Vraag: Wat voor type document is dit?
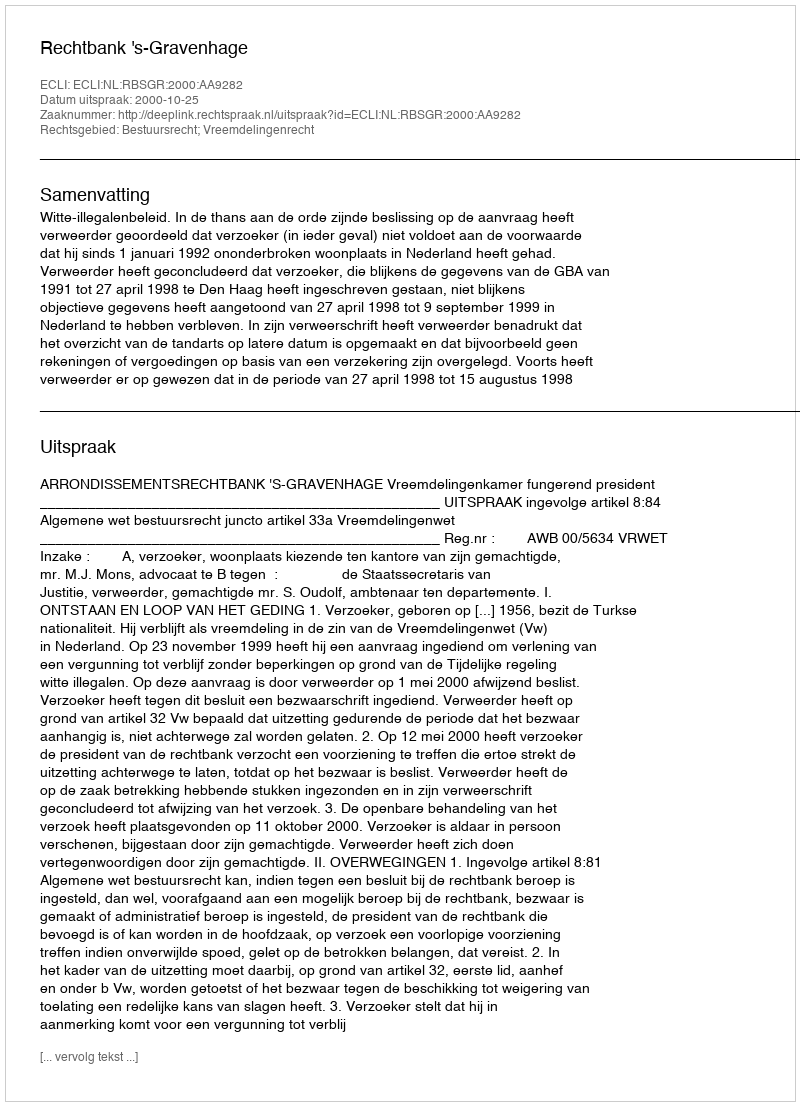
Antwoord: Uitspraak